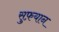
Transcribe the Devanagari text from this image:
सुफ़यान